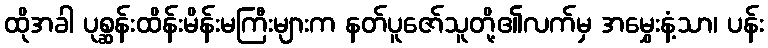
ထိုအခါ ပုစ္ဆန်းထိန်းမိန်းမကြီးများက နတ်ပူဇော်သူတို့၏လက်မှ အမွှေးနံ့သာ၊ ပန်း